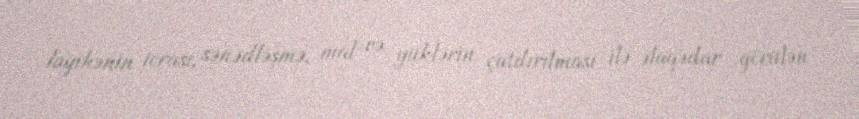
layihənin icrası, sənədləşmə, mal və yüklərin çatdırılması ilə əlaqədar görülən